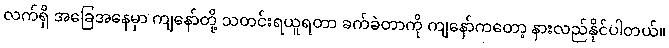
လက်ရှိ အခြေအနေမှာ ကျနော်တို့ သတင်းရယူရတာ ခက်ခဲတာကို ကျနော်ကတော့ နားလည်နိုင်ပါတယ်။